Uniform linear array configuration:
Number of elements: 32
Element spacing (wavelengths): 1
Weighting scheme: hamming
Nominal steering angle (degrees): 45
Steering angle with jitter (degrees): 45.186
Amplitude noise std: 0.05
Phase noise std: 0.05

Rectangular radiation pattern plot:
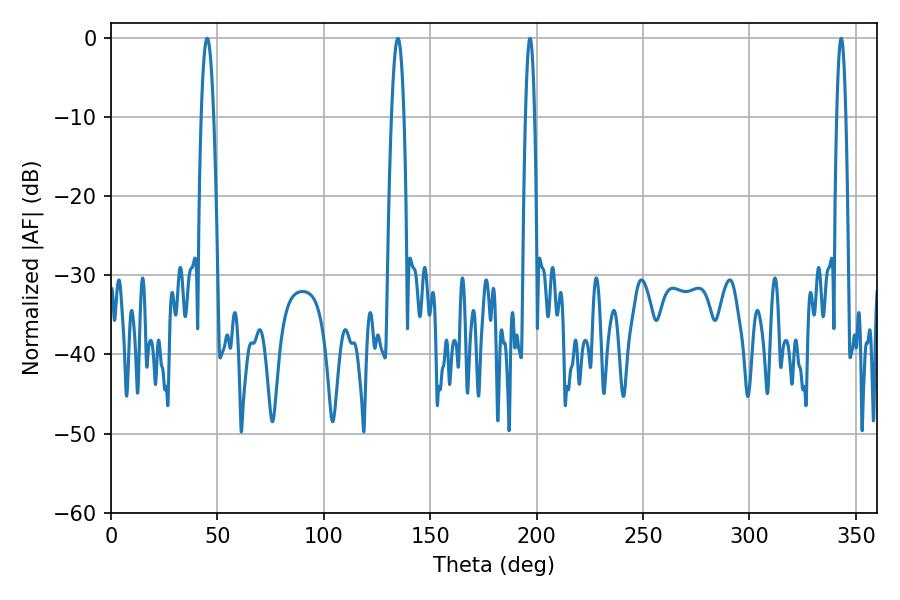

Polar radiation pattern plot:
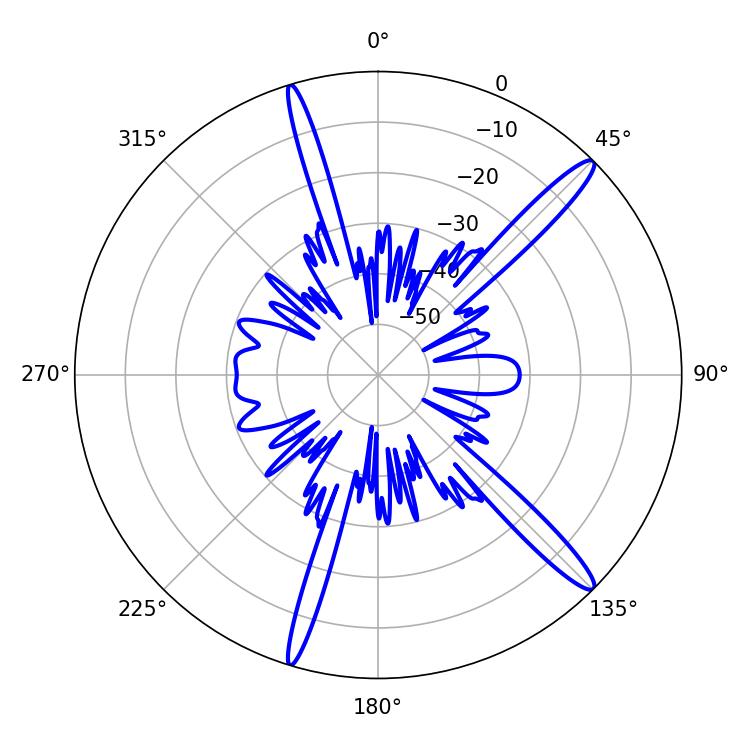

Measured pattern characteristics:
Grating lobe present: TRUE
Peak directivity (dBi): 15.18
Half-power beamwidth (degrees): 3.24
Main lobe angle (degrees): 45.18